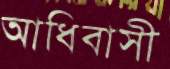
আধিবাসী